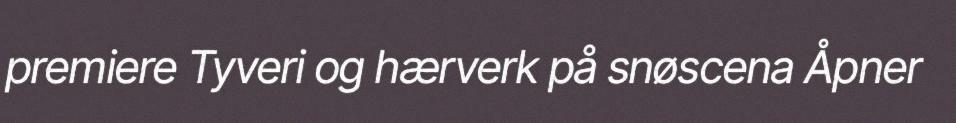
premiere Tyveri og hærverk på snøscena Åpner